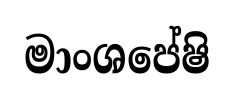
මාංශපේෂි